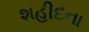
શહીદના